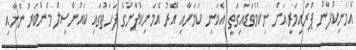
އެމަނިކުފާނު ޕްރައިމަރީއަށް ނިކުމެވަޑައިގަތީ އެކަނި ކަމަށާއި އޭރު އެމަނިކުފާނުގެ ފަހަތުގައި ކައުންސިލް މެންބަރުންނާއި